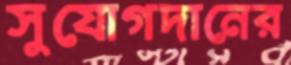
সুযোগদানের